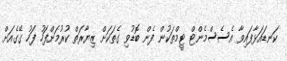
ކަނޑައަޅާފައިވާ އެސެސްމެންޓް ޓީމްތަކުން ފެން ބޮޑުވި ގެތަކަށް ޒިޔާރަތް ކުރުމަށްފަހު ފަހު ގޭގެއަށް